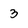
Character: 3